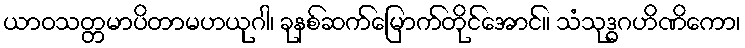
ယာဝသတ္တမာပိတာမဟယုဂါ၊ ခုနစ်ဆက်မြောက်တိုင်အောင်။ သံသုဒ္ဓဂဟိဏိကော၊